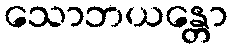
သောဘယန္တော